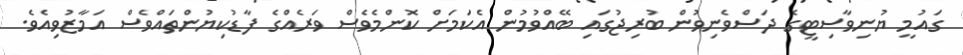
ގައުމީ ޔުނިވާސިޓީގެ ދަސްވެނިވުން ބުރިޖުގައި ބޭއްވުމުން އެކަމަށް ކޮންމެވެސް ވަރެއްގެ ފާޑުކިޔުންތައްވެސް އަމާޒުވިއެވެ.